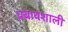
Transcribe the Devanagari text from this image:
प्रबावशाली